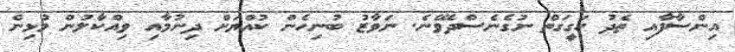
އިންސާފާއި ތެދު ހަގީގަތް ނުގެނެސްދެވޭނެ. ނަވާޒު ބުނިހެން ކުއްޔަށް ދިނުމާއި ވިއްކާލުން މުޅިން